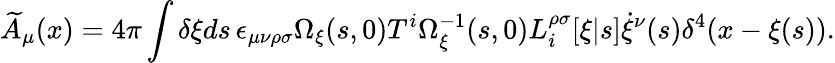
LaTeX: \widetilde{A}_{\mu}(x)=4\pi\int\delta\xi ds\, \epsilon_{\mu\nu\rho\sigma}{\Omega}_{\xi}(s,0)T^{i}{\Omega}_{\xi}^{-1}(s,0)L_{i}^{\rho\sigma}[\xi|s]\dot{\xi}^{\nu}(s)\delta^{4}(x-\xi(s)).